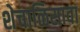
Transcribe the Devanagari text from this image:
शेचाळिसावा